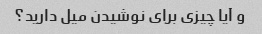
و آیا چیزی برای نوشیدن میل دارید؟